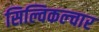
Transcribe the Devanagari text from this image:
सिल्विकल्चार